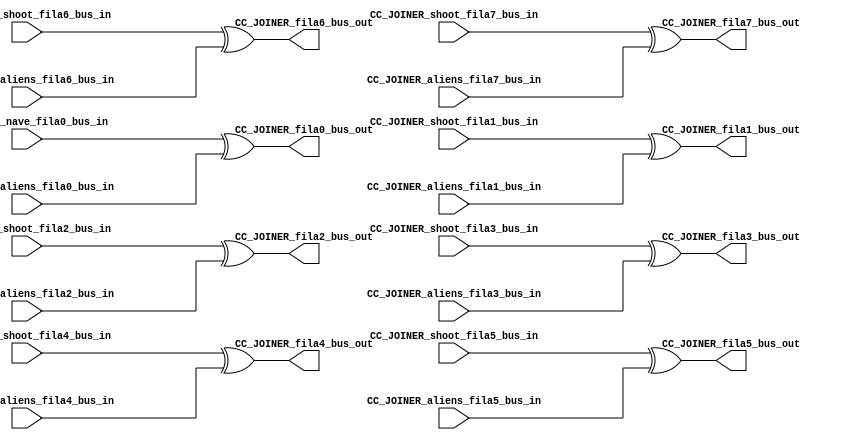

//=======================================================
//  MODULE Definition
//=======================================================

module CC_JOINER
(

CC_JOINER_shoot_fila7_bus_in,
CC_JOINER_shoot_fila6_bus_in,
CC_JOINER_shoot_fila5_bus_in,
CC_JOINER_shoot_fila4_bus_in,
CC_JOINER_shoot_fila3_bus_in,
CC_JOINER_shoot_fila2_bus_in,
CC_JOINER_shoot_fila1_bus_in,
CC_JOINER_nave_fila0_bus_in,

CC_JOINER_aliens_fila7_bus_in,
CC_JOINER_aliens_fila6_bus_in,
CC_JOINER_aliens_fila5_bus_in,
CC_JOINER_aliens_fila4_bus_in,
CC_JOINER_aliens_fila3_bus_in,
CC_JOINER_aliens_fila2_bus_in,
CC_JOINER_aliens_fila1_bus_in,
CC_JOINER_aliens_fila0_bus_in,

CC_JOINER_fila7_bus_out,
CC_JOINER_fila6_bus_out,
CC_JOINER_fila5_bus_out,
CC_JOINER_fila4_bus_out,
CC_JOINER_fila3_bus_out,
CC_JOINER_fila2_bus_out,
CC_JOINER_fila1_bus_out,
CC_JOINER_fila0_bus_out

);

//=======================================================
//  PARAMETER declarations
//=======================================================

//=======================================================
//  PORT declarations
//=======================================================

input [7:0] CC_JOINER_shoot_fila7_bus_in;
input [7:0] CC_JOINER_shoot_fila6_bus_in;
input [7:0] CC_JOINER_shoot_fila5_bus_in;
input [7:0] CC_JOINER_shoot_fila4_bus_in;
input [7:0] CC_JOINER_shoot_fila3_bus_in;
input [7:0] CC_JOINER_shoot_fila2_bus_in;
input [7:0] CC_JOINER_shoot_fila1_bus_in;
input [7:0] CC_JOINER_nave_fila0_bus_in;

input [7:0] CC_JOINER_aliens_fila7_bus_in;
input [7:0] CC_JOINER_aliens_fila6_bus_in;
input [7:0] CC_JOINER_aliens_fila5_bus_in;
input [7:0] CC_JOINER_aliens_fila4_bus_in;
input [7:0] CC_JOINER_aliens_fila3_bus_in;
input [7:0] CC_JOINER_aliens_fila2_bus_in;
input [7:0] CC_JOINER_aliens_fila1_bus_in;
input [7:0] CC_JOINER_aliens_fila0_bus_in;

output [7:0] CC_JOINER_fila7_bus_out;
output [7:0] CC_JOINER_fila6_bus_out;
output [7:0] CC_JOINER_fila5_bus_out;
output [7:0] CC_JOINER_fila4_bus_out;
output [7:0] CC_JOINER_fila3_bus_out;
output [7:0] CC_JOINER_fila2_bus_out;
output [7:0] CC_JOINER_fila1_bus_out;
output [7:0] CC_JOINER_fila0_bus_out;

//=======================================================
//  REG/WIRE declarations
//=======================================================

//=======================================================
//  Structural coding
//=======================================================

assign CC_JOINER_fila0_bus_out = 
CC_JOINER_nave_fila0_bus_in ^ CC_JOINER_aliens_fila0_bus_in;
 
assign CC_JOINER_fila1_bus_out = 
CC_JOINER_shoot_fila1_bus_in ^ CC_JOINER_aliens_fila1_bus_in;

assign CC_JOINER_fila2_bus_out = 
CC_JOINER_shoot_fila2_bus_in ^ CC_JOINER_aliens_fila2_bus_in;

assign CC_JOINER_fila3_bus_out = 
CC_JOINER_shoot_fila3_bus_in ^ CC_JOINER_aliens_fila3_bus_in;

assign CC_JOINER_fila4_bus_out = 
CC_JOINER_shoot_fila4_bus_in ^ CC_JOINER_aliens_fila4_bus_in;

assign CC_JOINER_fila5_bus_out = 
CC_JOINER_shoot_fila5_bus_in ^ CC_JOINER_aliens_fila5_bus_in;

assign CC_JOINER_fila6_bus_out = 
CC_JOINER_shoot_fila6_bus_in ^ CC_JOINER_aliens_fila6_bus_in;

assign CC_JOINER_fila7_bus_out = 
CC_JOINER_shoot_fila7_bus_in ^ CC_JOINER_aliens_fila7_bus_in;

endmodule